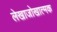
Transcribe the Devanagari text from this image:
लेखाजोखात्मक